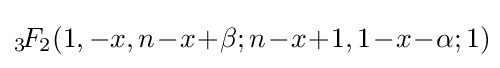
{}_{3}\!F_{2}(1,-x,n\!-\!x\!+\!\beta ;n\!-\!x\!+\!1,1\!-\!x\!-\!\alpha ;1)\!